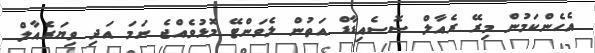
އެހެންކަމުން މިރޭ ރެއާލް ސޮސެއިޑާޑް އަތުން ލެވަންޓޭ މޮޅުވެއްޖެ ނަމަ އަދި ވިޔަރެއާލް